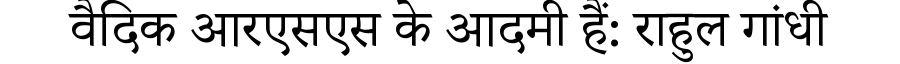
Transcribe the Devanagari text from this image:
वैदिक आरएसएस के आदमी हैं: राहुल गांधी